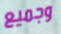
وجميع